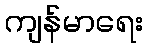
ကျန်မာရေး